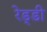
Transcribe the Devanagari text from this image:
रेड्‌डी